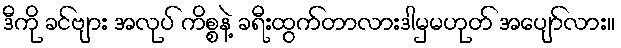
ဒီကို ခင်ဗျား အလုပ် ကိစ္စနဲ့ ခရီးထွက်တာလားဒါမှမဟုတ် အပျော်လား။